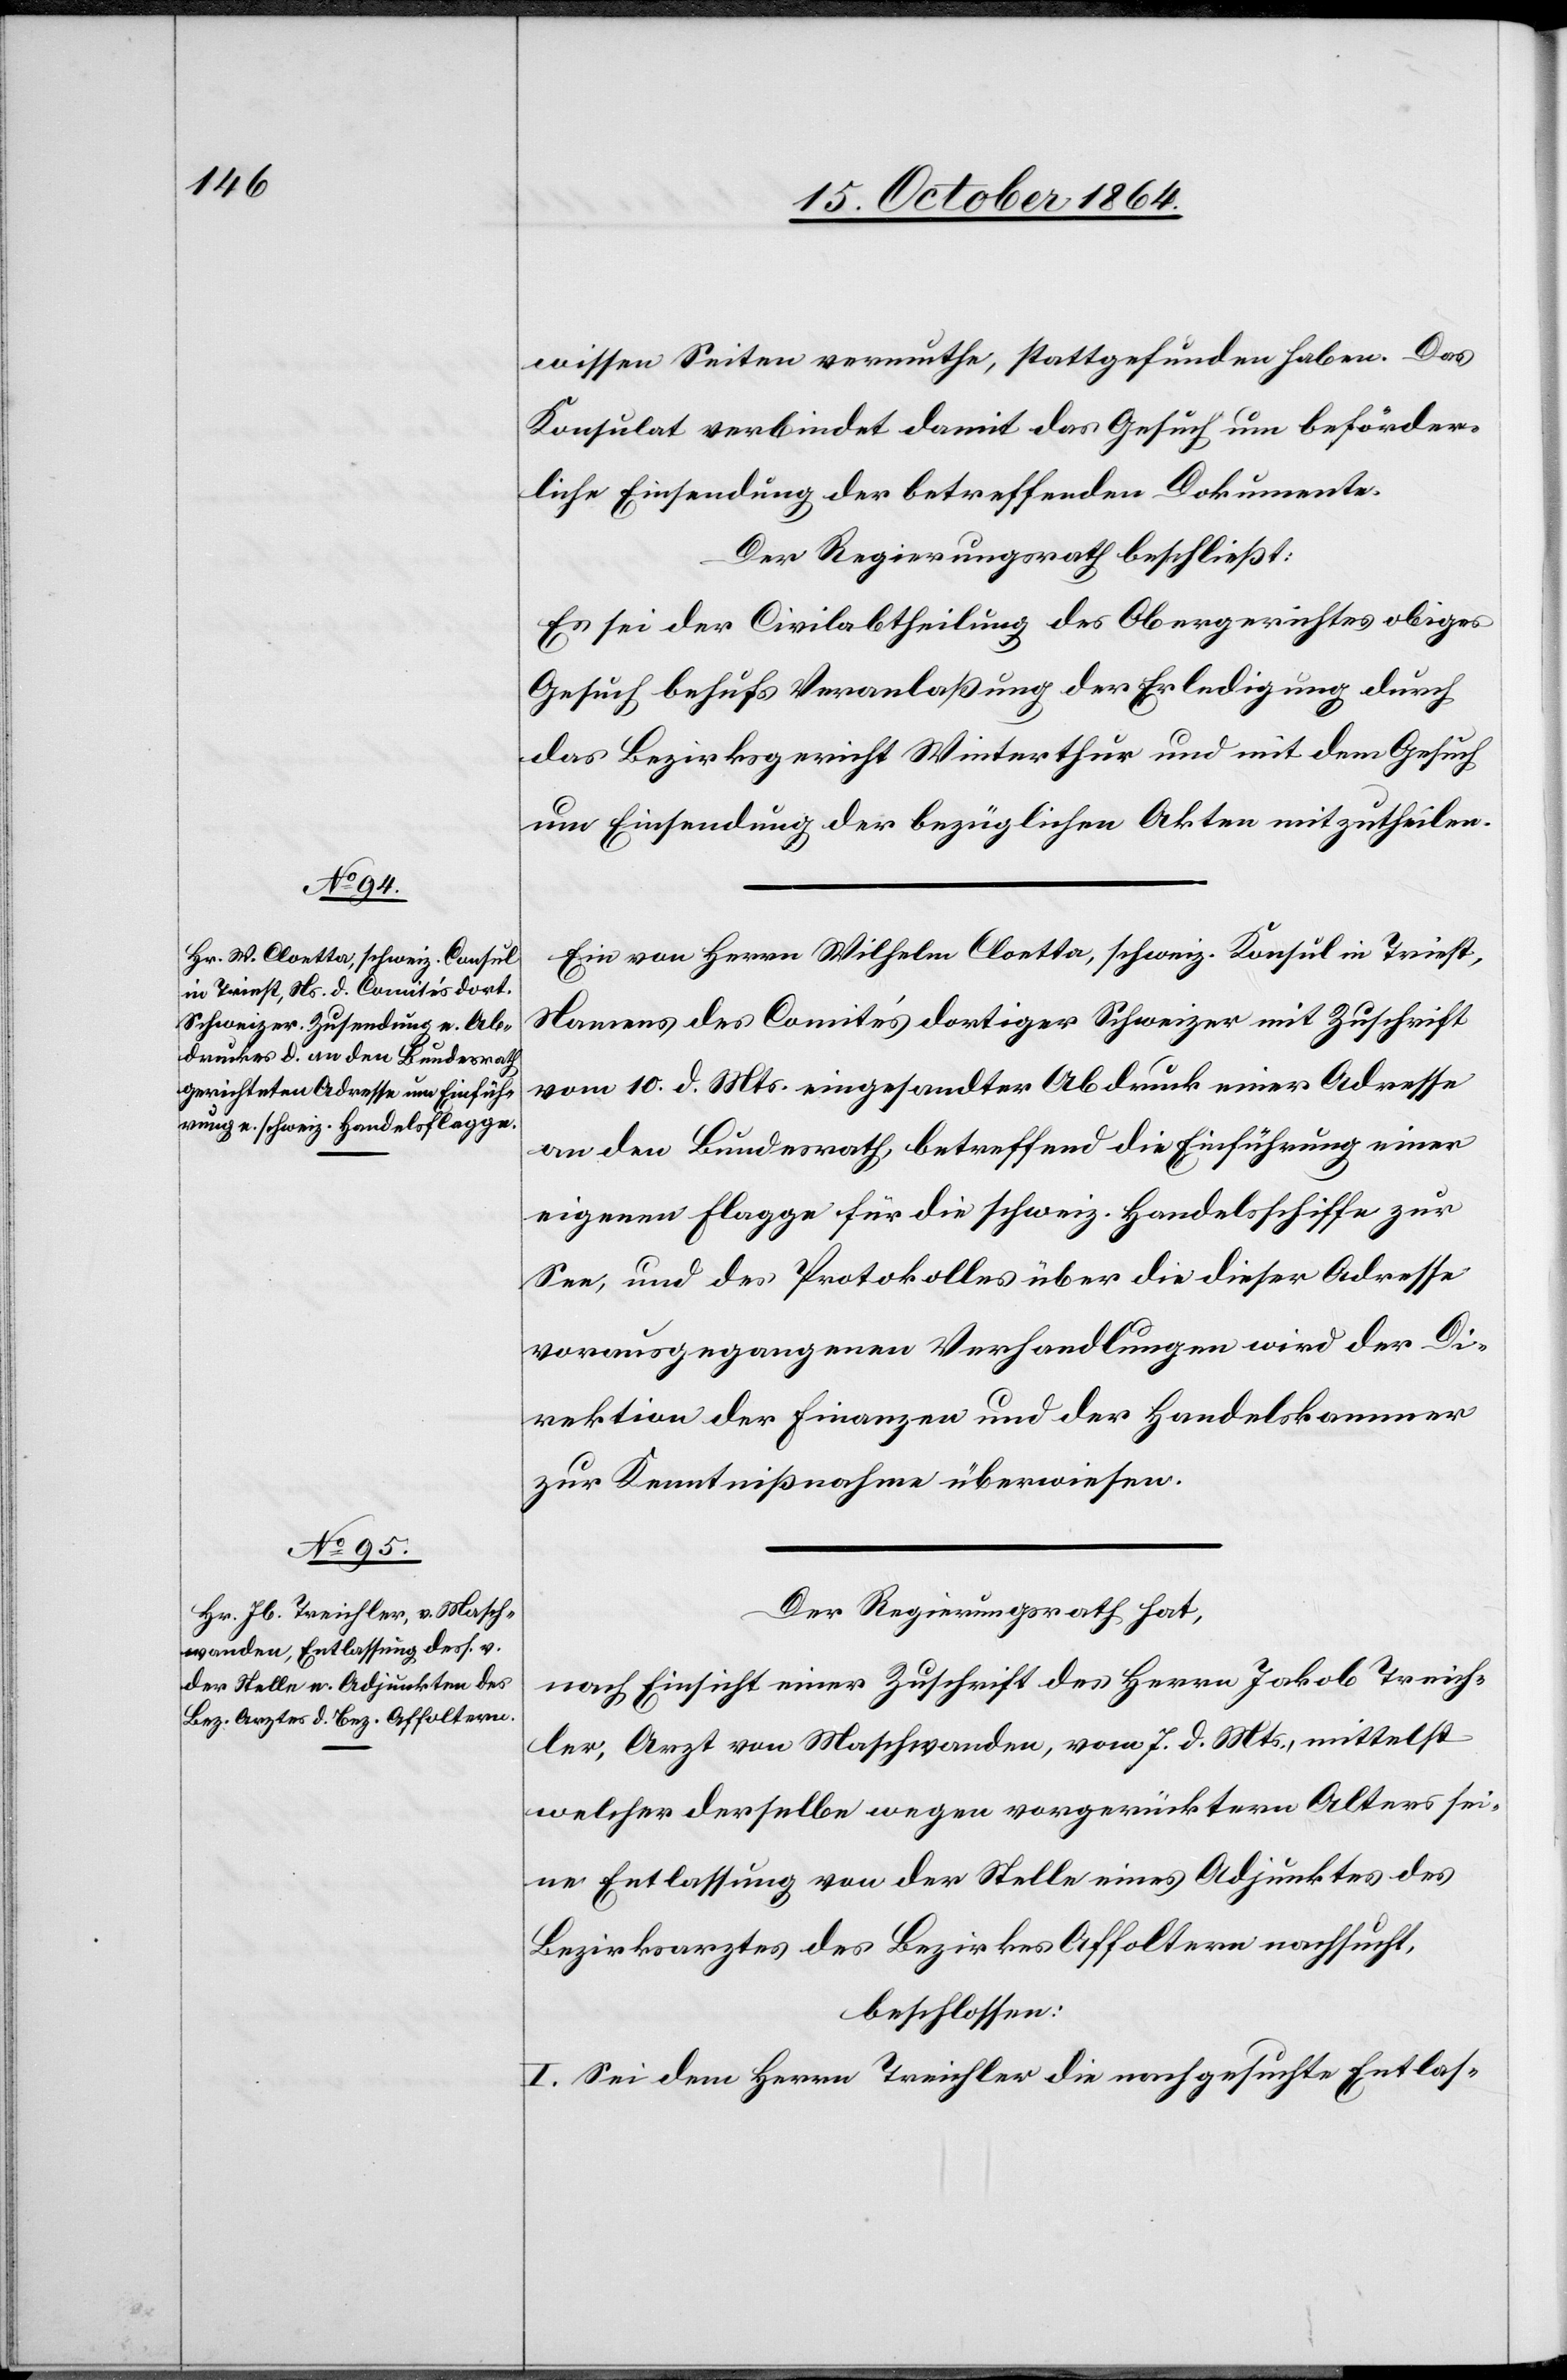
wissen Seiten vermuthe, stattgefunden haben. Das
Konsulat verbindet damit das Gesuch um beförder¬
liche Einsendung der betreffenden Dokumente.
Der Regierungsrath beschließt:
Es sei der Civilabtheilung des Obergerichtes obiges
Gesuch behufs Veranlaßung der Erledigung durch
das Bezirksgericht Winterthur und mit dem Gesuch
um Einsendung der bezüglichen Akten mitzutheilen.
Ein von Herrn Wilhelm Cloetta, schweiz. Konsul in Triest,
Namens des Comité’s dortiger Schweizer mit Zuschrift
vom 10. d. Mts. eingesandter Abdruck einer Adresse
an den Bundesrath, betreffend die Einführung einer
eigenen Flagge für die schweiz. Handelsschiffe zur
See, und des Protokolles über die dieser Adresse
vorausgegangener Verhandlungen wird der Di¬
rektion der Finanzen und der Handelskammer
zur Kenntnißnahme überwiesen.
Der Regierungsrath hat,
nach Einsicht einer Zuschrift des Herrn Jakob Treich¬
ler, Arzt von Maschwanden, vom 7. d. Mts, mittelst
welcher derselbe wegen vorgerücktern [sic!] Alters sei¬
ne Entlassung von der Stelle eines Adjunktes des
Bezirksarztes des Bezirkes Affoltern nachsucht,
beschlossen:
I. Sei dem Herrn Treichler die nachgesuchte Entlas-